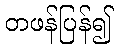
တဖန်ပြန်၍